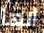
أنها